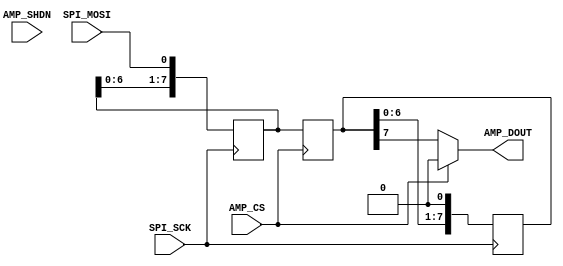
`timescale 1ns / 1ps
//////////////////////////////////////////////////////////////////////////////////
// Company: 
// Engineer: 
// 
// Design Name: 
// Module Name:    AmpLTC6912-1-behav 
// Project Name: 
// Target Devices: 
// Tool versions: 
// Description: 
//
// Dependencies: 
//
// Revision: 
// Revision 0.01 - File Created
// Additional Comments: 
//
//////////////////////////////////////////////////////////////////////////////////


// LOGLEVEL = 0
// 	bez zadnych komunikatow
// LOGLEVEL = 1
// 	pokazuje bledy
// LOGLEVEL = 2
// 	pokazuje ostrzezenia
//
// LOGLEVEL = 3
// 	informuje o pomyslnych ustawieniach ampa
// LOGLEVEL = 4
// 	informuje o stanach linii AMP_SHDN i AMP_CS
// LOGLEVEL = 5
// 	informuje o zmianach zegara
// LOGLEVEL = 6 //TODO del
// 	debug
module AmpLTC6912_1_behav
#(
	parameter LOGLEVEL=5
) (
	input SPI_SCK,
	input SPI_MOSI,
	input AMP_CS,
	input AMP_SHDN,
	output AMP_DOUT
	
);

	//Przed uzyciem wzmacniacza nalezy go najpierw zresetowac
	//Resetowany on jest pozytywnym zboczem linii AMP_SHDN
	//W rejestrze reseting nastepuje zapamietanie faktu zainicjowania poczatkowego resetowania
	//UWAGA: Obsluga wzmacniacza bez poczatkowego resetu nie bedzie symulowana
	reg reseting = 1'b0;
	always @(posedge AMP_SHDN) begin
		reseting = 1'b1;
		if(LOGLEVEL >= 4)
			$display("%t INFO4 resetowanie amp", $time);
	end
	
	//W bloku sprawdzane jest czy po poczatkowym resecie linia AMP_SHDN powrocila do stanu niskiego
	//Jesli tak, rejestr reseted przyjmuje wartosc wysoka i mozna przystapic do obslugi ampa
	//TODO odczekanie cykli zegarowych pomiedzy obnizeniem o podniesieniem??	
	reg reseted = 1'b0;
	always @(negedge AMP_SHDN)
		if(reseting) begin
			reseted = 1'b1;
			if(LOGLEVEL >= 4)
				$display("%t INFO4 zresetowano amp", $time);
			if(LOGLEVEL >= 1)
				if(~AMP_CS)
					$display("%t BLAD Podczas resetowania ukladu linia AMP_CS powinna byc w stanie wysokim", $time); //TODO po ilu cyklach mozna wysylac dane?
		end
	
	//Aktywacja odbioru danych nastepuje przez obnizenie linii AMP_CS
	//Nie mozna zaczac odbierac danych bez uprzedniego zresetowania ukladu
	always @(negedge AMP_CS) begin
		if(~reseted)
			if(LOGLEVEL >= 1)
				$display("%t BLAD Nastepuje proba przesylnia danych, bez uprzedniego zresetowania ukladu", $time);			
	end
	
	
	always @(posedge SPI_SCK)
		if(LOGLEVEL >= 5)
			$display("%t INFO5 AMP zegar sie podnosi", $time);
	
	always @(negedge SPI_SCK)
		if(LOGLEVEL >= 5)
			$display("%t INFO5 AMP zegar sie obniza", $time);
	
	
	//TODO opuszczajac AMP_CS zegar niski
	//TODO moment odczekania 30ns miedzy opuszczeniem AMP_CS a pierwszym pozytywnym zboczem zegara
	
	
	reg [7:0] shiftreg_in = 8'd0;
	wire [3:0] amp_b = shiftreg_in[3:0];
	wire [3:0] amp_a = shiftreg_in[7:4];
	//rejestr licznika jest poszerzony o jeden bit w celu wykrycia bledu odbierania zbyt wielu bitow
	reg [3:0] shiftreg_idx = 4'd0;
	
	reg [7:0] shiftreg_out = 8'd0;
	
	//Blok odbioru danych z linii SPI_MOSI
	//Reset ukladu (chwilowym podniesieniem AMP_SHDN) zeruje glowny rejestr konfigurujacy ampa shiftreg_in oraz jego licznik shiftreg_idx
	//Obnizenie linii AMP_CS powoduje aktywowanie odbioru bitow i doklejanie ich do rejestru przesuwnego shiftreg_in w takt zegara SPI_SCK
	//Licznik shiftreg_idx zerowany jest gdy transmisja nie jest aktywna.
	//Gdy jest aktywna zwiekszany jest o jeden w takt zegara, co pokazuje aktulna liczbe odebranych bitow
	always @(AMP_SHDN) begin
//		shiftreg_in <= 8'd0;
//		shiftreg_out <= 8'd0;
		shiftreg_idx <= 4'd0;
	end
	
	always @(posedge SPI_SCK) begin
		shiftreg_in <= { shiftreg_in[6:0], SPI_MOSI };
		shiftreg_idx <= shiftreg_idx + 1;
		if(LOGLEVEL >= 4)
			$display("%t INFO4 AMP Odebrano bit %d", $time, SPI_MOSI);
	end
	
	always @(negedge AMP_CS) begin
		shiftreg_idx <= 4'd0;	
		shiftreg_out <= shiftreg_in;
	end
	
	always @(negedge SPI_SCK) begin
		shiftreg_out <= { shiftreg_out[6:0], 1'b0 };
		if(LOGLEVEL >= 4)
			$display("%t INFO4 Wysylany bit %d", $time, shiftreg_out[6]);
	end
		
	
	//Blok sprawdza czy ilosc odebranych bitow wynosi dokladnie 8
	//Jesli sie zgadza ustawia flage received8bits
	//Flaga ta jest sprawdzana w kolejnym bloku w momencie podniesienia linii AMP_CS, co sygnalizuje koniec transmisji
	//Na tej podstwie moga zostac zglaszane bledy jesli przeslanych bitow jest zbyt malo
	wire received8bits = (shiftreg_idx == 8);
	
	//Blok wykrywa przeslanie zbyt duzej liczby bitow do ampa
	//Flaga receivedtoomanybits jest wygaszana w momencie aktywowania odbioru danych obnizeniem linii AMP_CS
	//Flaga jest podnoszona jesli liczba odebranych bitow przekroczy prawidlowa ilosc 8.
	//Stan podniesionej flagi jest utrzymywany do momentu aktywowania odbioru nowej danej.
	//W tym czasie licznik odebranych bitow shiftreg_idx bedzie sie wielokrotnie przepelniac odbieraja nowe bity,
	// przez co nie bedzie mozna stwierdzic ile bitow za duzo zostalo przeslanych
	wire receivedtoomanybits = (shiftreg_idx > 8);	
	
	always @(negedge AMP_CS)
		if(reseted)
			if(LOGLEVEL >= 4)
				$display("%t INFO4 Odbieranie danych", $time);
	
	//Blok obsluguje moment podniesienia linii AMP_CS, co sygnalizuje koniec transmisji
	//Operacje tutaj zawarte sa wykonywane tylko po uprzednim zresetowaniu ukladu
	//Sprawdzana jest ilosc odebranych bitow i wyswietlane sa informacje o bledach jesli bitow nie jest dokladnie 8
	//Jesli ilosc bitow jest wlasciwa, wypisywane sa informacje o odebranej probce z podzialem na wywstawiana wartosc, adres ampa i komende
	//Jesli adres ampa lub komenda maja nieprawidlowa wartosc, zglaszany jest blad
	//Komenda zawsze powinna miec wartosc 0011
	always @(posedge AMP_CS)
		if(reseted) begin
		
			if(~received8bits) begin
			//Bledy nieodpowiedniej ilosci odebranych bitow
				if(receivedtoomanybits) begin
					if(LOGLEVEL >= 1)
						$display("%t BLAD Do ampa wyslanych zostalo wiecej bitow niz 8", $time);
				end else
					if(LOGLEVEL >= 1)		
						$display("%t BLAD Do ampa wyslanych zostalo %d bitow. Nalezy wyslac 8", $time, shiftreg_idx);
			
			
			end else begin
			//Odebrana wlasciwa ilosc bitow
				if(LOGLEVEL >= 4)
					$display("%t INFO4 Zakonczenie odbioru danych", $time);
				if(LOGLEVEL >= 3) begin
					$display("%t INFO3 ustawiono\tliczbe %d (0x%h)\tna ampu A", $time, amp_a, amp_a);
					$display("%t INFO3 ustawiono\tliczbe %d (0x%h)\tna ampu B", $time, amp_b, amp_b);					
				end
								
				//TODO task/function
				case(amp_a)
					4'b0001: if(LOGLEVEL >= 5) $display("%t INFO5 amp A - zakres 0.4 - 2.9V", $time);
					4'b0010: if(LOGLEVEL >= 5) $display("%t INFO5 amp A - zakres 1.025 - 2.275V", $time);
					4'b0011: if(LOGLEVEL >= 5) $display("%t INFO5 amp A - zakres 1.4 - 1.9V", $time);
					4'b0100: if(LOGLEVEL >= 5) $display("%t INFO5 amp A - zakres 1.525 - 1.725V", $time);
					4'b0101: if(LOGLEVEL >= 5) $display("%t INFO5 amp A - zakres 1.5875 - 1.7125V", $time);
					4'b0110: if(LOGLEVEL >= 5) $display("%t INFO5 amp A - zakres 1625. - 1.675V", $time);
					4'b0111: if(LOGLEVEL >= 5) $display("%t INFO5 amp A - zakres 1.6375 - 1.6625", $time);
					default: if(LOGLEVEL >= 1) $display("%t BLAD nieprawidlowa wartosc na ampie A", $time);
				endcase
				
				case(amp_b)
					4'b0001: if(LOGLEVEL >= 5) $display("%t INFO5 amp B - zakres 0.4 - 2.9V", $time);
					4'b0010: if(LOGLEVEL >= 5) $display("%t INFO5 amp B - zakres 1.025 - 2.275V", $time);
					4'b0011: if(LOGLEVEL >= 5) $display("%t INFO5 amp B - zakres 1.4 - 1.9V", $time);
					4'b0100: if(LOGLEVEL >= 5) $display("%t INFO5 amp B - zakres 1.525 - 1.725V", $time);
					4'b0101: if(LOGLEVEL >= 5) $display("%t INFO5 amp B - zakres 1.5875 - 1.7125V", $time);
					4'b0110: if(LOGLEVEL >= 5) $display("%t INFO5 amp B - zakres 1625. - 1.675V", $time);
					4'b0111: if(LOGLEVEL >= 5) $display("%t INFO5 amp B - zakres 1.6375 - 1.6625", $time);
					default: if(LOGLEVEL >= 1) $display("%t BLAD nieprawidlowa wartosc na ampie B", $time);
				endcase
				
			end			
		end


	//Na linii wyjsciowej AMP_DOUT beda sie pojawiac kolejne bity wypychane z rejestru przesuwnego konfigurujacego ampa
	//Nastepuje to w takt zegara SPI_SCK przy obnizonej linii aktywacji transmisji AMP_CS
	//TODO odbieranie ostatniego bitu
	assign AMP_DOUT = AMP_CS ? 1'b0 : shiftreg_out[7];
endmodule